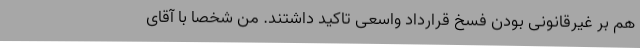
هم بر غیرقانونی بودن فسخ قرارداد واسعی تاکید داشتند. من شخصا با آقای